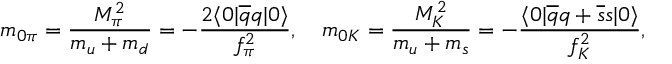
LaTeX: m _ { 0 \pi } = \frac { M _ { \pi } ^ { 2 } } { m _ { u } + m _ { d } } = - \frac { 2 \langle 0 | \overline { { { q } } } q | 0 \rangle } { f _ { \pi } ^ { 2 } } , \quad m _ { 0 K } = \frac { M _ { K } ^ { 2 } } { m _ { u } + m _ { s } } = - \frac { \langle 0 | \overline { { { q } } } q + \overline { { { s } } } s | 0 \rangle } { f _ { K } ^ { 2 } } ,